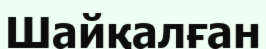
Шайқалған